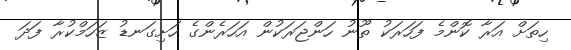
ހިތަށް އަރާ ކޮންމެ ފަހަރަކު ތޫނު ހަންޖަރަކުން އަހަރެންގެ ހަށިގަނޑު ޒަހަމްކުރާ ފަދަ